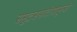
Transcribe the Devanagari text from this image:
समुद्रसपाटीपासून्ची